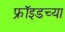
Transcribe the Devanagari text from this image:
फ्रॉइडच्या